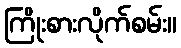
ကြိုးစားလိုက်စမ်း။